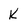
Character: K